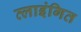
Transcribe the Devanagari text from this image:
त्लाइंगित